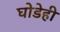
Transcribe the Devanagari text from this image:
घोडेही